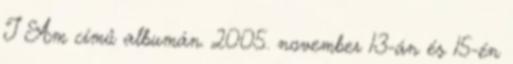
I Am című albumán. 2005. november 13-án és 15-én